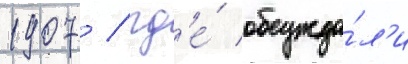
1907 / гд'е́ обсужда́л'и